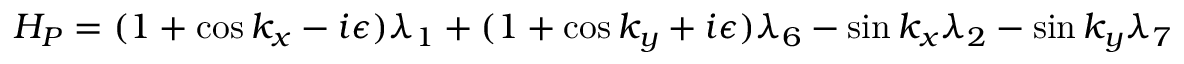
H _ { P } = ( 1 + \cos k _ { x } - i \epsilon ) \lambda _ { 1 } + ( 1 + \cos k _ { y } + i \epsilon ) \lambda _ { 6 } - \sin k _ { x } \lambda _ { 2 } - \sin k _ { y } \lambda _ { 7 }